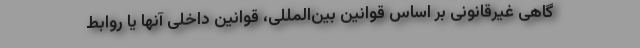
گاهی غیرقانونی بر اساس قوانین بین‌المللی، قوانین داخلی آنها یا روابط